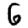
Digit: 6